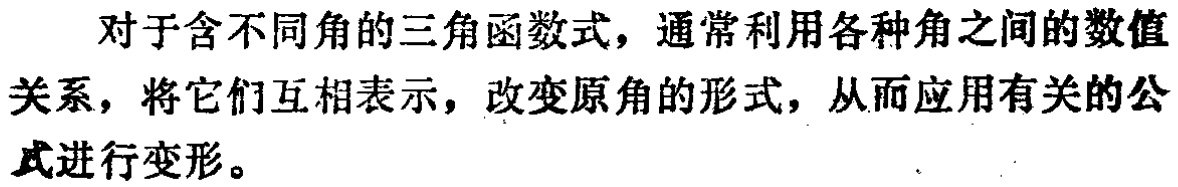
对于含不同角的三角函数式，通常利用各种角之间的数值关系，将它们互相表示，改变原角的形式，从而应用有关的公式进行变形。